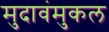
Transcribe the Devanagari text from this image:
मुदावंमुकल